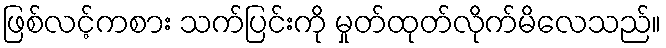
ဖြစ်လင့်ကစား သက်ပြင်းကို မှုတ်ထုတ်လိုက်မိလေသည်။